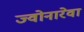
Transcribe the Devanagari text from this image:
ज्वोनारेवा